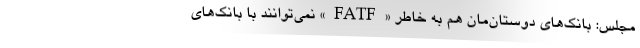
مجلس: بانک‌‌های دوستان‌مان هم به خاطر «FATF» نمی‌توانند با بانک‌های